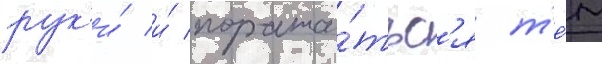
рук'и́ и́ поража́тьс'я т'е́м